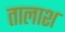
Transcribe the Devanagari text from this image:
तालाश